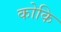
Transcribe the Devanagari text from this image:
कोकि